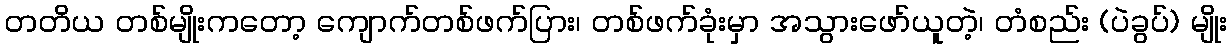
တတိယ တစ်မျိုးကတော့ ကျောက်တစ်ဖက်ပြား၊ တစ်ဖက်ခုံးမှာ အသွားဖော်ယူတဲ့၊ တံစည်း (ပဲခွပ်) မျိုး